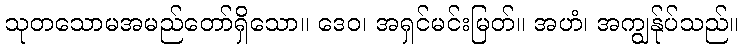
သုတသောမအမည်တော်ရှိသော။ ဒေဝ၊ အရှင်မင်းမြတ်။ အဟံ၊ အကျွန်ုပ်သည်။